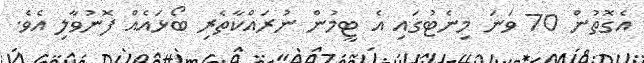
އެގޮތުން 70 ވަނަ މިނެޓުގައި އެ ޓީމުން ނުރައްކާތެރި ބޯޅައެއް ފޮނުވާލި އެވެ.